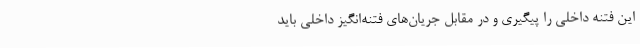
این فتنه داخلی را پیگیری و در مقابل جریان‌های فتنه‌انگیز داخلی باید